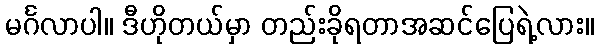
မင်္ဂလာပါ။ ဒီဟိုတယ်မှာ တည်းခိုရတာအဆင်ပြေရဲ့လား။